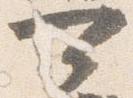
可